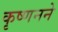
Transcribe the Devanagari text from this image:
कृष्णनने